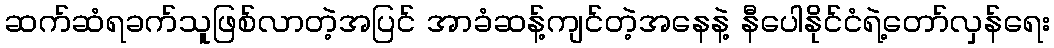
ဆက်ဆံရခက်သူဖြစ်လာတဲ့အပြင် အာခံဆန့်ကျင်တဲ့အနေနဲ့ နီပေါနိုင်ငံရဲ့တော်လှန်ရေး